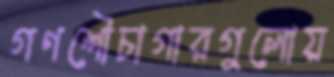
গণশৌচাগারগুলোয়